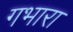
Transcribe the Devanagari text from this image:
गभारा